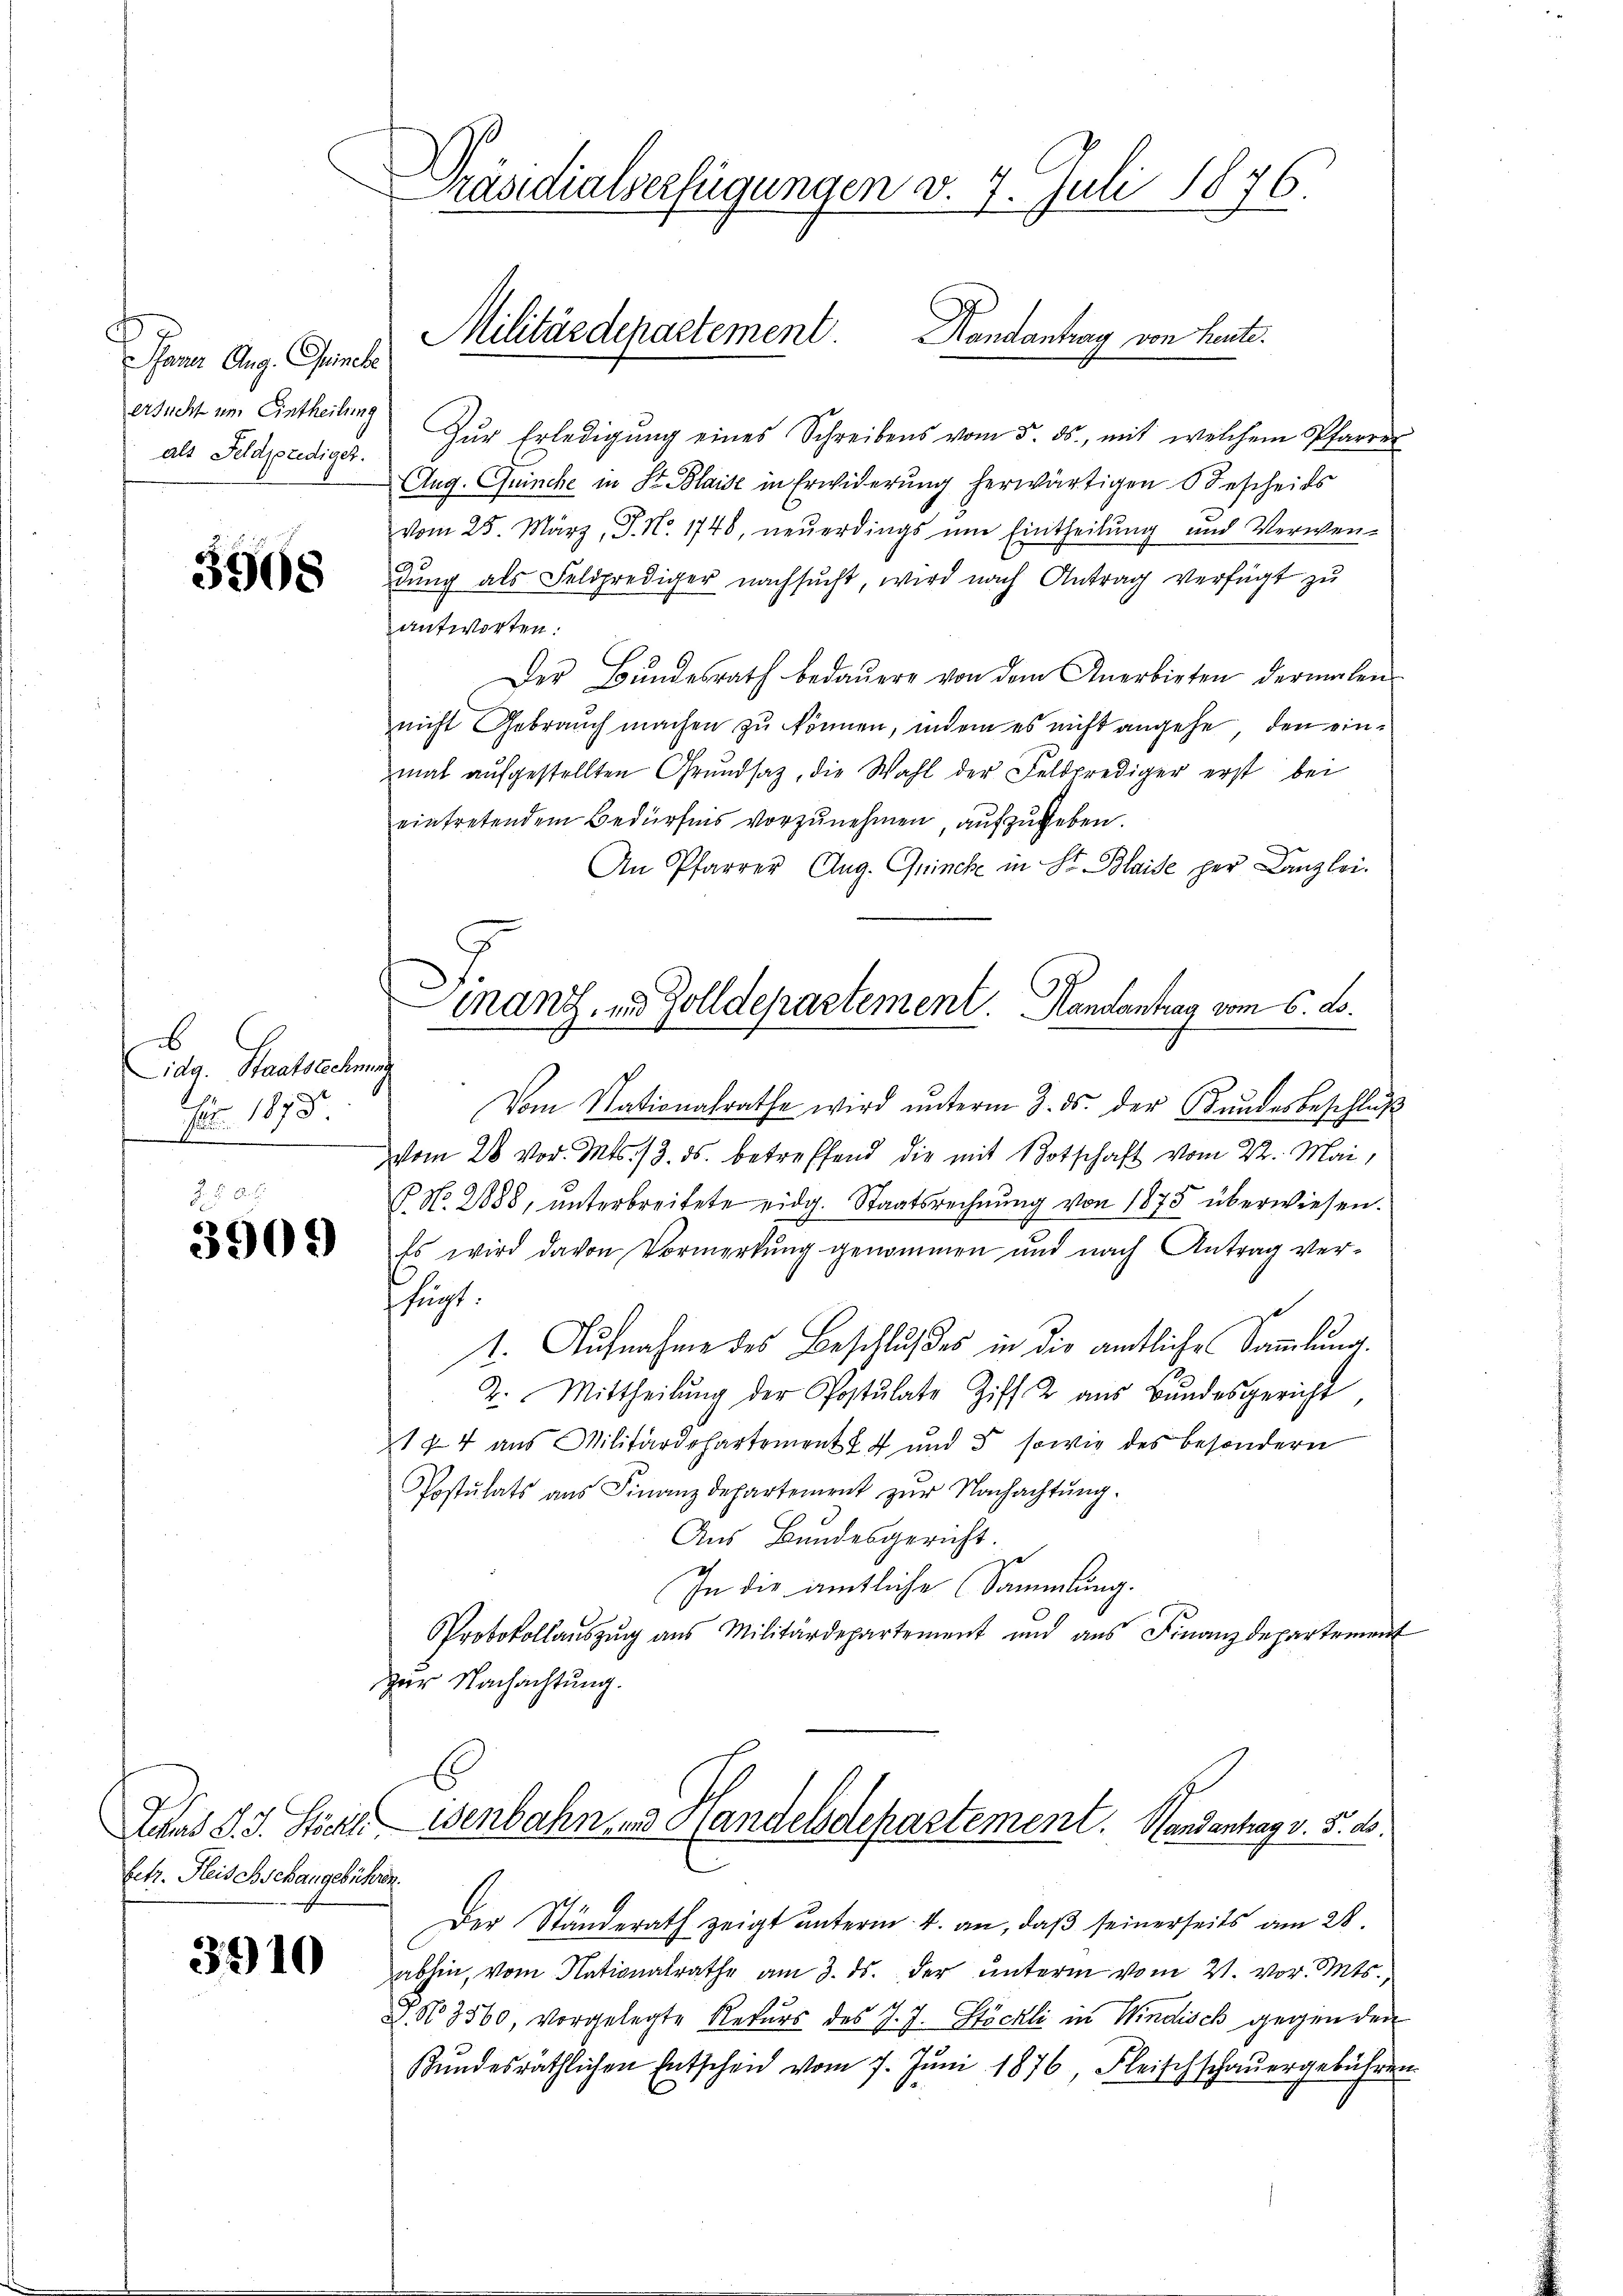
c
Pfarrer Aug. Princke
ersucht um Eintheilung
als Feldprediget.

3908

6
idg. Staatsrechnen
Fr. 1873.

390.

Ichs d. J. Stöckli
betr. Heischschangebüh

3910

räsidialverfügungen v. 7. Juli 1876.

d

3

Zŭr Erledigŭng eines Schreibens vom 5. ds., mit welchem Pfarrer
Aug. Quinche in St. Plaide in Erwiderung herwärtigen Bescheids
vom 25. März, J. No. 1748, neuerdings um Eintheilung und Verwendŭng als Feldprediger nachsucht, wird nach Antrag verfügt zu
antworten:
Der Bŭndesrath bedaŭer von dem Anerbieten dermalen
nicht Gebrauch machen zŭ können, indem es nicht angehe, den einmal aŭfgestellten Grŭndsatz, die Wahl der Feldprediger erst bei
eintretendem Bedürfnis vorzunehmen, aufzugeben.
An Pfarrer Aug. Quinche in St. Blaise per Canzlei.
Vom Nationalrathe wird ŭnterm 3. ds. der Kundesbeschlŭβ
vom 28. vor. Mts. 13. ds. betreffend die mit Botschaft vom 22. Mai,
P. No. 2888, unterbreitete eidg. Staatsrechnung von 1875 überwiesen.
Es wird davon Vormerkung genommen und nach Antrag ver-
shus
1. Aufnahme des Beschlußes in die amtliche Sammlung
2. Mittheilŭng der Postulate Ziff. 2 aŭs Bŭndesgericht
144 aus Militärdepartement § 4 und 5 sowie des besondern
Postulats ans Finanzdepartement zŭr Nachachtŭng.
Aus Bundesgericht.
In die amtliche Sammlung.
Protokollaŭszŭg ans Militärdepartement und ans Finanzdepartement
zur Nachachtung.
Wenbahn und Handelsdepartement. Handantrag v. 5. ds.
¬
Der Ständerath zeigt ŭnterm 4. an, daβ seinerseits am 28.
abhin, vom Nationalrathe am 3. ds. der unterm vom 21. vor. Mts.,
. No 3560, vorgelegte Rekurs des J. J. Stöckli in Windisch gegen den
Kŭndesräthlichen Entscheid vom 7. Jŭni 1876 Fleischschaŭergebühren

Militärdepartement. Handantrag von heute.

manz, und Zolldepartement. Handantrag vom 6. ds.